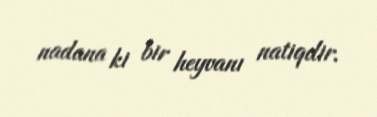
nadana ki bir heyvanı natiqdir.